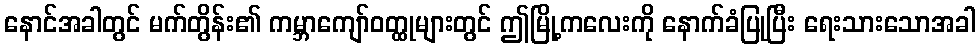
နောင်အခါတွင် မက်တွိန်း၏ ကမ္ဘာကျော်ဝတ္ထုများတွင် ဤမြို့ကလေးကို နောက်ခံပြုပြီး ရေးသားသောအခါ